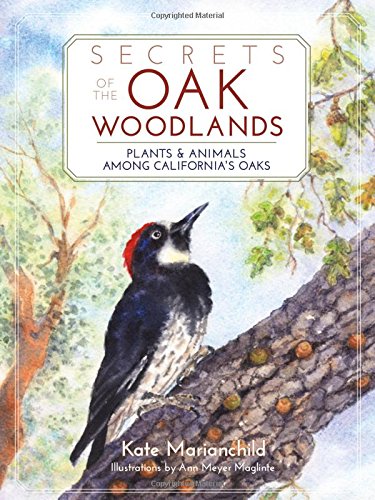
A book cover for Secrets of the Oak Woodlands: Plants and Animals Among California's Oaks; Kate Marianchild; Science & Math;